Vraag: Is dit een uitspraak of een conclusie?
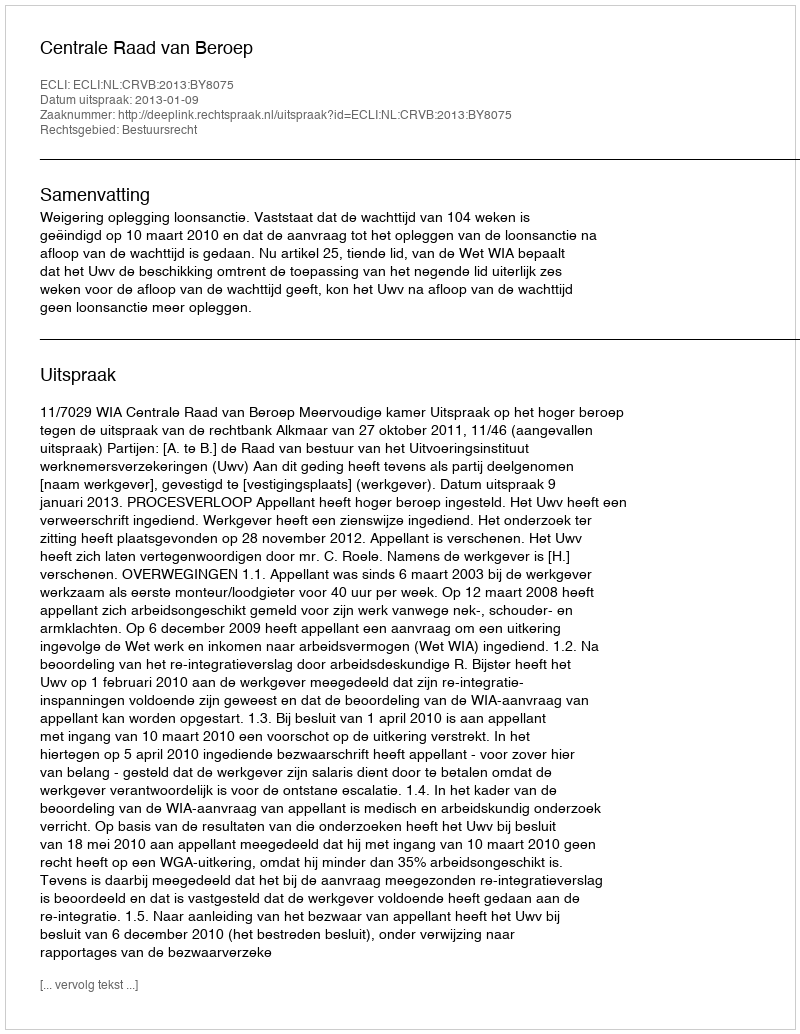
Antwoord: Uitspraak